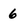
Character: 6